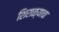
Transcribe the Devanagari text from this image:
शिराळ्याचा